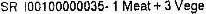
SR I00100000035- 1 MEAT + 3 VEGE